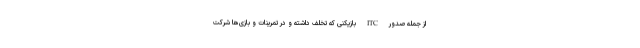
از جمله صدور ITC بازیکنی که تخلف داشته و در تمرینات و بازی‌ها شرکت